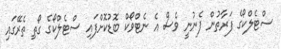
ސްޓެލްކޯގެ ފަރާތުން ފެނުނީ ވެސް އެ ނެޓްވޯކް ބޮޑުކޮށްފައި ސްޓެލްކޯގެ ގޯތި ތެރޭގައި